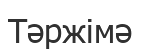
Тәржімә